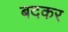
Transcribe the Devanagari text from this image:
बदकर